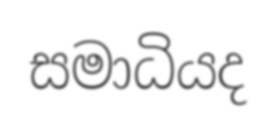
සමාධියද